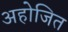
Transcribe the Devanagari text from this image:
अहोजित